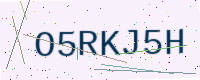
Text: O5RKJ5H